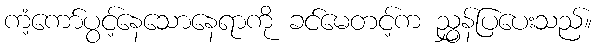
ကံ့ကော်ပွင့်နေသောနေရာကို ခင်မေတင့်က ညွှန်ပြပေးသည်။